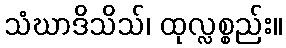
သံဃာဒိသိသ်၊ ထုလ္လစ္စည်း။